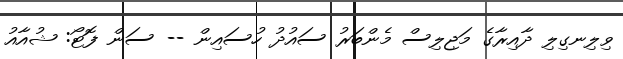
ވިލިނގިލި ދާއިރާގެ މަޖިލިސް މެންބަރު ސައުދު ހުސައިން -- ސަން ފޮޓޯ: ޝުއާއު